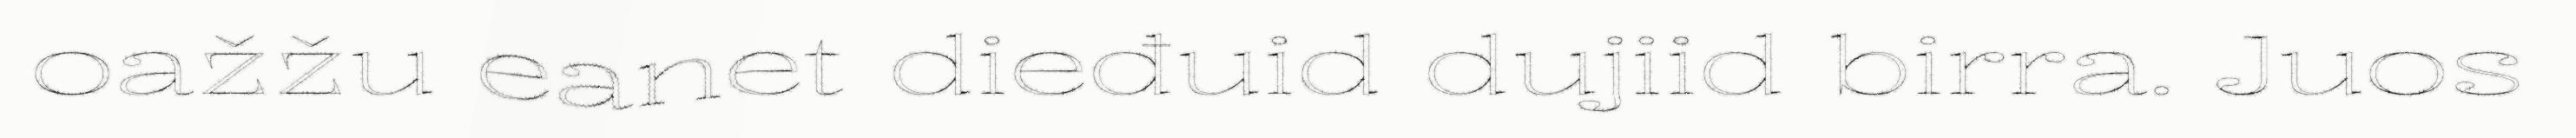
oažžu eanet dieđuid dujiid birra. Juos